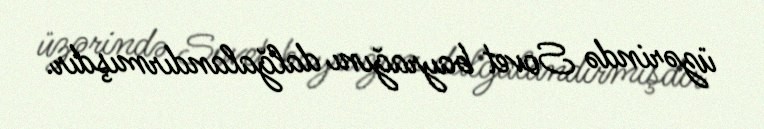
üzərində Sovet bayrağını dalğalandırmışdır.